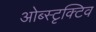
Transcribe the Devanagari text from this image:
ओब्स्टृक्टिव